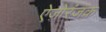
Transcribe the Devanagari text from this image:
ऐज़ोरंजक